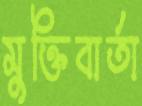
মুক্তিবার্তা